Leprosy in India: report of the Leprosy Commission in India, 1890-91
Year: 1890
Disease focus: Leprosy
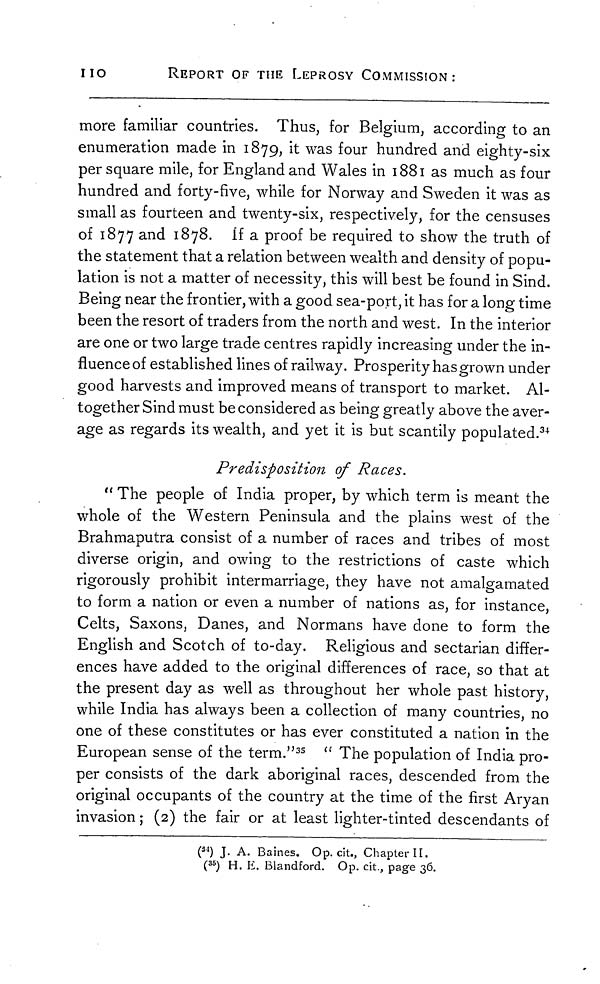
no
REPORT OF THE LEPROSY COMMISSION:
more familiar countries. Thus, for Belgium, according to an
enumeration made in 1879, it was four hundred and eighty-six
per square mile, for England and Wales in 1881 as much as four
hundred and forty-five, while for Norway and Sweden it was as
small as fourteen and twenty-six, respectively, for the censuses
of 1877 and 1878. if a proof be required to show the truth of
the statement that a relation between wealth and density of popu-
lation is not a matter of necessity, this will best be found in Sind.
Being near the frontier, with a good sea-port, it has for a long time
been the resort of traders from the north and west. In the interior
are one or two large trade centres rapidly increasing under the in-
fluence of established lines of railway. Prosperity has grown under
good harvests and improved means of transport to market. Al-
together Sind must be considered as being greatly above the aver-
age as regards its wealth, and yet it is but scantily populated. 34
Predisposition of Races.
" The people of India proper, by which term is meant the
whole of the Western Peninsula and the plains west of the
Brahmaputra consist of a number of races and tribes of most
diverse origin, and owing to the restrictions of caste which
rigorously prohibit intermarriage, they have not amalgamated
to form a nation or even a number of nations as, for instance,
Celts, Saxons, Danes, and Normans have done to form the
English and Scotch of to-day. Religious and sectarian differ-
ences have added to the original differences of race, so that at
the present day as well as throughout her whole past history,
while India has always been a collection of many countries, no
one of these constitutes or has ever constituted a nation in the
European sense of the term." 35 " The population of India pro-
per consists of the dark aboriginal races, descended from the
original occupants of the country at the time of the first Aryan
invasion; (2) the fair or at least lighter-tinted descendants of
( 31 ) J. A. Baines. Op. cit., Chapter II.
( 35 ) H. E. Blandford. Op. cit., page 36.